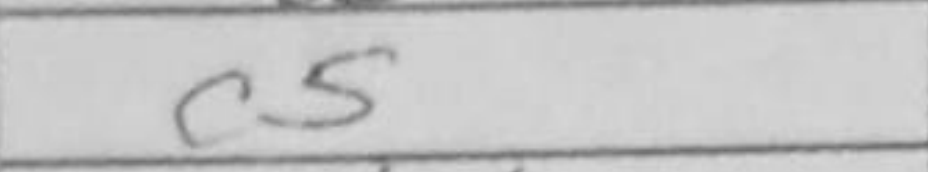
Transcription: c5